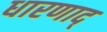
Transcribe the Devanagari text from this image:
धारणाद्